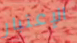
الإعتبار